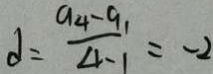
d = \frac { a _ { 4 } - a _ { 1 } } { 4 - 1 } = - 2